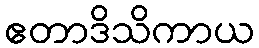
ဧတာဒိသိကာယ